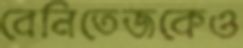
বেনিতেজকেও